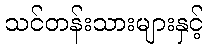
သင်တန်းသားများနှင့်